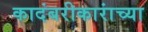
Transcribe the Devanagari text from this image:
कादंबरीकारांच्या